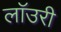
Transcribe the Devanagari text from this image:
लाॅउरी